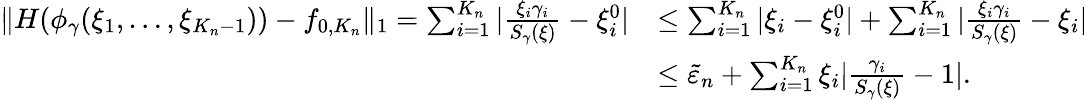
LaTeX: \begin{array}{rl}{\| H(\phi_{\gamma}(\xi_{1},\dots,\xi_{K_{n}-1}))-f_{0,K_{n}}\| _{1}=\sum_{i=1}^{K_{n}}|\frac{\xi_{i}\gamma_{i}}{S_{\gamma}(\xi)}-\xi_{i}^{0}|}&{\leq\sum_{i=1}^{K_{n}}|\xi_{i}-\xi_{i}^{0}|+\sum_{i=1}^{K_{n}}|\frac{\xi_{i}\gamma_{i}}{S_{\gamma}(\xi)}-\xi_{i}|}\\ &{\leq\tilde{\varepsilon}_{n}+\sum_{i=1}^{K_{n}}\xi_{i}|\frac{\gamma_{i}}{S_{\gamma}(\xi)}-1|.}\end{array}